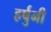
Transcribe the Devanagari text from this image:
हर्षुनी